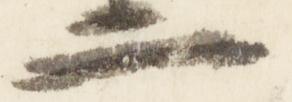
二